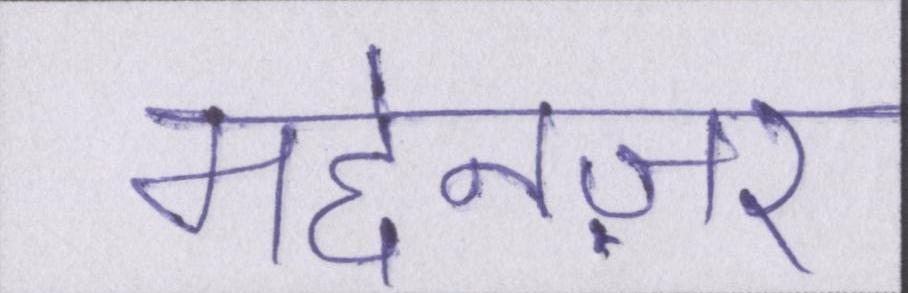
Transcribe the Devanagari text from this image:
मद्देनज़र